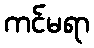
ကင်မရာ